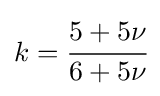
k={\cfrac {5+5\nu }{6+5\nu }}